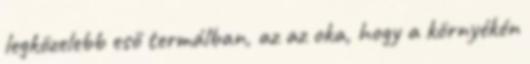
legközelebb eső termálban, az az oka, hogy a környékén